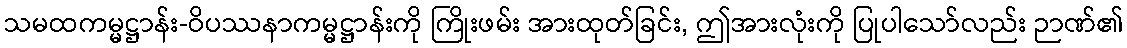
သမထကမ္မဋ္ဌာန်း-ဝိပဿနာကမ္မဋ္ဌာန်းကို ကြိုးဖမ်း အားထုတ်ခြင်း, ဤအားလုံးကို ပြုပါသော်လည်း ဉာဏ်၏